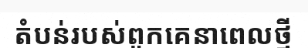
តំបន់របស់ពួកគេនាពេលថ្មី